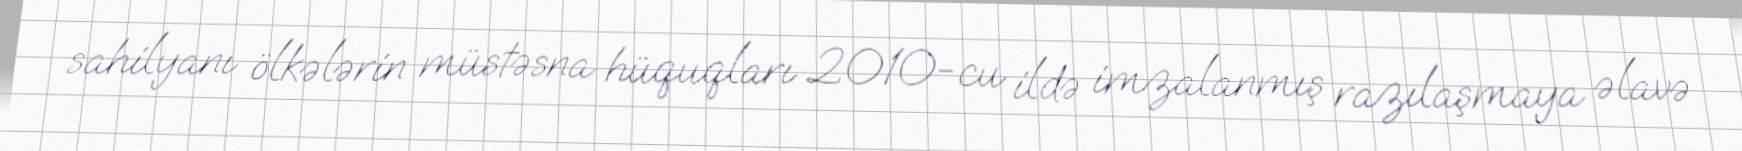
sahilyanı ölkələrin müstəsna hüquqları 2010-cu ildə imzalanmış razılaşmaya əlavə